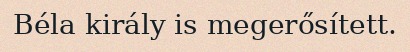
Béla király is megerősített.